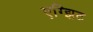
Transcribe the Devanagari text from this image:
एग्झिट